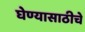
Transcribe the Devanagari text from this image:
घेण्यासाठीचे